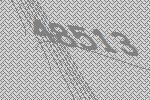
48513